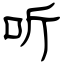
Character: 听